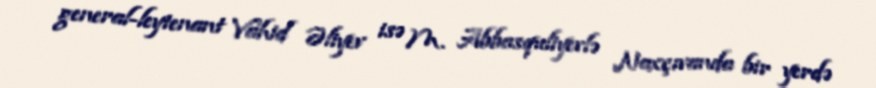
general-leytenant Vahid Əliyev isə M. Abbasquliyevlə Naxçıvanda bir yerdə